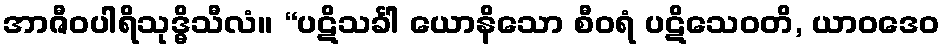
အာဇီဝပါရိသုဒ္ဓိသီလံ။ “ပဋိသင်္ခါ ယောနိသော စီဝရံ ပဋိသေဝတိ, ယာဝဒေဝ